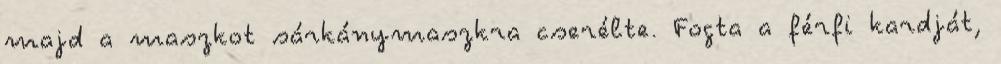
majd a maszkot sárkánymaszkra cserélte. Fogta a férfi kardját,